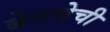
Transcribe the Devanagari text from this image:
बेगमेची